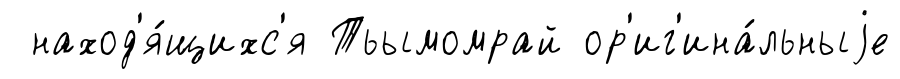
наход'я́щихс'я Тьымомрай ор'иг'ина́льныjе